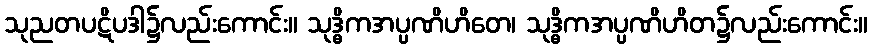
သုညတပဋိပဒါ၌လည်းကောင်း။ သုဒ္ဓိကအပ္ပဏိဟိတေ၊ သုဒ္ဓိကအပ္ပဏိဟိတ၌လည်းကောင်း။